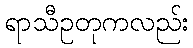
ရာသီဥတုကလည်း